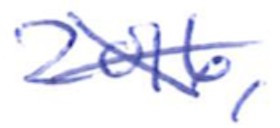
Text: 2016,
Cross-out: cross
Writing tool: ballpoint